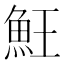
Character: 𩵭